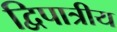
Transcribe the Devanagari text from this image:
द्विपात्रीय